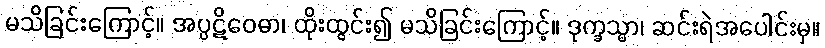
မသိခြင်းကြောင့်။ အပ္ပဋိဝေဓာ၊ ထိုးထွင်း၍ မသိခြင်းကြောင့်။ ဒုက္ခသ္မာ၊ ဆင်းရဲအပေါင်းမှ။